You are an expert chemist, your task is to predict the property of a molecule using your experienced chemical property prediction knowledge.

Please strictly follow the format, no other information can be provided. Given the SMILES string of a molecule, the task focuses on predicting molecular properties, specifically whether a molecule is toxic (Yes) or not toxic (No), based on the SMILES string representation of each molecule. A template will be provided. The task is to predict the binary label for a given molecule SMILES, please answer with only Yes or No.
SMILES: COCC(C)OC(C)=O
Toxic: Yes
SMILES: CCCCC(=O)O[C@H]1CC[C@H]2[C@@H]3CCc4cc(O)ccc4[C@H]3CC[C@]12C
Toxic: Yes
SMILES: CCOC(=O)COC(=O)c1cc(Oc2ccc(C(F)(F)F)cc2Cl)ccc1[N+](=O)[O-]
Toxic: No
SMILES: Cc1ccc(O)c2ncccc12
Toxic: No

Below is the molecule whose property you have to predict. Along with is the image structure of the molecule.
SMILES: CC(C)(Cl)Cl
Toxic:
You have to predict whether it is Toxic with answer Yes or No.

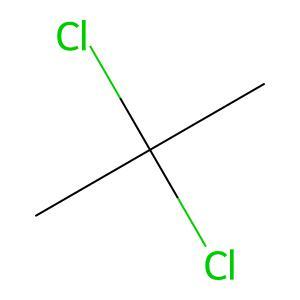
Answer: No